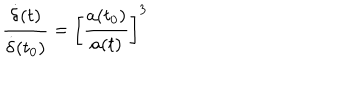
\frac { \dot { \delta } ( t ) } { \dot { \delta } ( t _ { 0 } ) } = \bigg [ \frac { a ( t _ { 0 } ) } { a ( t ) } \bigg ] ^ { 3 }